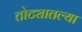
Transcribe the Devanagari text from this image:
तोट्यातल्या